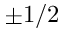
\pm 1 / 2